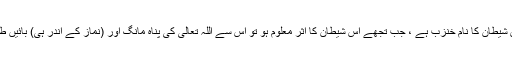
آپﷺ نے فرمایا کہ اس شیطان کا نام خنزب ہے ، جب تجھے اس شیطان کا اثر معلوم ہو تو اس سے اللہ تعالیٰ کی پناہ مانگ اور (نماز کے اندر ہی) بائیں طرف تین بار تھوک لے۔